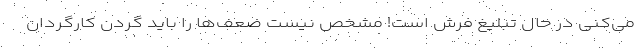
می‌کنی در حال تبلیغ فرش است! مشخص نیست ضعف‌ها را باید گردن کارگردان